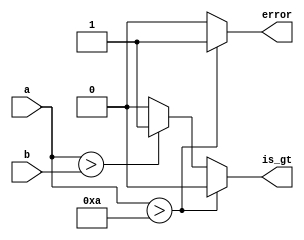
`timescale 1ns / 1ps
//////////////////////////////////////////////////////////////////////////////////
// Company: 
// Engineer: 
// 
// Design Name: 
// Module Name: fact_comparator
// Project Name: 
// Target Devices: 
// Tool Versions: 
// Description: 
// 
// Dependencies: 
// 
// Revision:
// Revision 0.01 - File Created
// Additional Comments:
// 
//////////////////////////////////////////////////////////////////////////////////


module fact_comparator(input [3:0] a, b, output reg is_gt, error);
always @(a, b)
begin
    if(a > 4'b1010) begin error = 1; is_gt = 0; end
    else if(a > b) begin error = 0; is_gt = 1; end
    else begin error = 0; is_gt = 0; end
end
endmodule